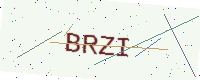
Text: BRZI